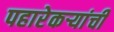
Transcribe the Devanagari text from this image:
पहारेकर्‍यांची